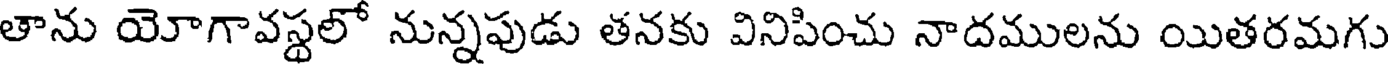
తాను యోగావస్థలో నున్నపుడు తనకు వినిపించు నాదములను యితరమగు